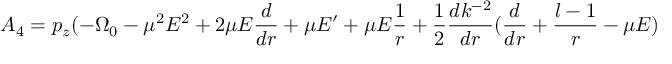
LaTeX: A _ { 4 } = p _ { z } ( - \Omega _ { 0 } - \mu ^ { 2 } E ^ { 2 } + 2 \mu E \frac { d } { d r } + \mu E ^ { \prime } + \mu E \frac { 1 } { r } + \frac { 1 } { 2 } \frac { d k ^ { - 2 } } { d r } ( \frac { d } { d r } + \frac { l - 1 } { r } - \mu E )